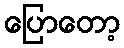
ပြောတော့